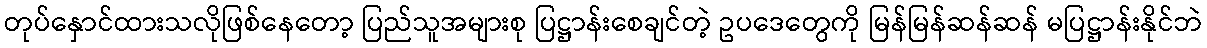
တုပ်နှောင်ထားသလိုဖြစ်နေတော့ ပြည်သူအများစု ပြဋ္ဌာန်းစေချင်တဲ့ ဥပဒေတွေကို မြန်မြန်ဆန်ဆန် မပြဋ္ဌာန်းနိုင်ဘဲ